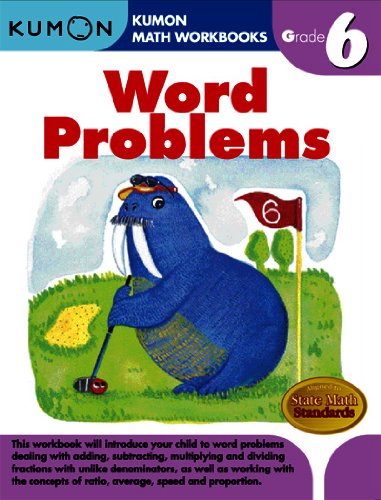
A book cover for Word Problems Grade 6 (Kumon Math Workbooks); Kumon Pub. North America Ltd; Children's Books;